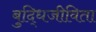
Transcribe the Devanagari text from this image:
बुद्धिजीविता